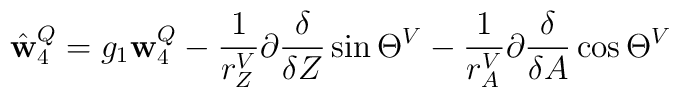
\hat {\mathbf w}_4^{Q} = g_1 {\mathbf w}_4^Q - \frac 1{r^V_Z} \partial{\delta \over \delta Z} \sin \Theta ^V - \frac 1{r^V_A} \partial{\delta \over \delta A} \cos \Theta ^V